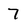
Character: 7